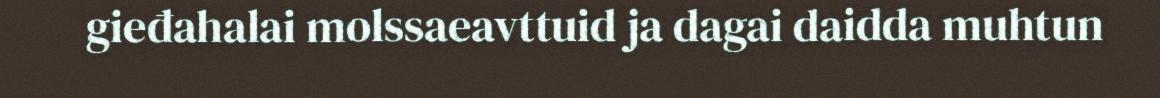
gieđahalai molssaeavttuid ja dagai daidda muhtun